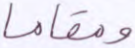
ومقاما